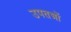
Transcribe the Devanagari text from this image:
उपतन्त्रों